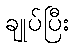
ချုပ်ပြီး